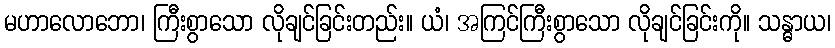
မဟာလောဘော၊ ကြီးစွာသော လိုချင်ခြင်းတည်း။ ယံ၊ အကြင်ကြီးစွာသော လိုချင်ခြင်းကို။ သန္ဓာယ၊